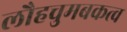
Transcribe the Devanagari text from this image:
लौहचुमबकत्व